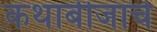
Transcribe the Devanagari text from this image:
कथाबीजाचे